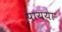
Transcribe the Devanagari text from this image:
पायया